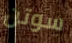
سوتن